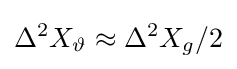
\Delta ^{2}X_{\vartheta }\approx \Delta ^{2}X_{g}/2